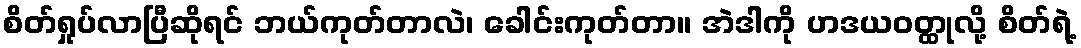
စိတ်ရှုပ်လာပြီဆိုရင် ဘယ်ကုတ်တာလဲ၊ ခေါင်းကုတ်တာ။ အဲဒါကို ဟဒယဝတ္ထုလို့ စိတ်ရဲ့